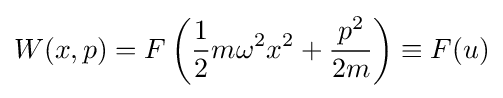
W(x,p)=F\left({\frac {1}{2}}m\omega ^{2}x^{2}+{\frac {p^{2}}{2m}}\right)\equiv F(u)